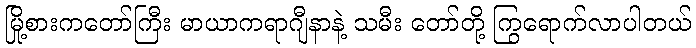
မြို့စားကတော်ကြီး မာယာကရာဂျီနာနဲ့ သမီး တော်တို့ ကြွရောက်လာပါတယ်